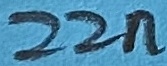
Text: 22n